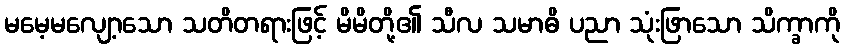
မမေ့မလျော့သော သတိတရားဖြင့် မိမိတို့၏ သီလ သမာဓိ ပညာ သုံးဖြာသော သိက္ခာကို